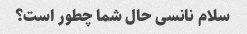
سلام نانسی حال شما چطور است؟